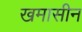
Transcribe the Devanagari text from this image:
खमासीन